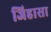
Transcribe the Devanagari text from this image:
जिहासा